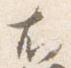
右